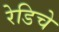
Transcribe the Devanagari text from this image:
रेडिचे